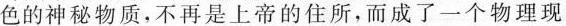
色的神秘物质，不再是上帝的住所，而成了一个物理现